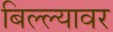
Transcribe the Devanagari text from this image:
बिल्ल्यावर